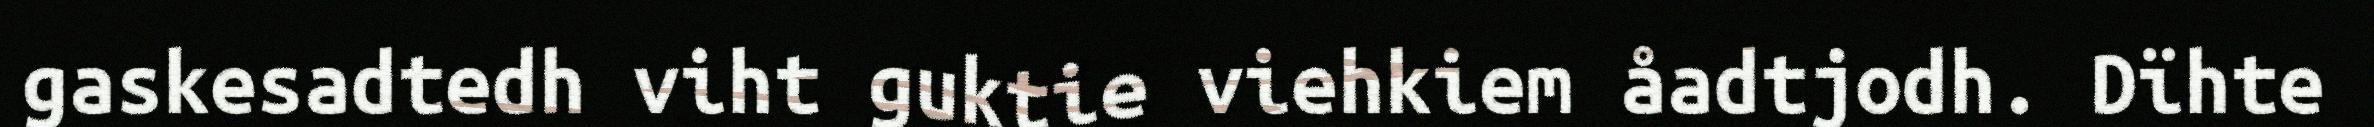
gaskesadtedh viht guktie viehkiem åadtjodh. Dïhte